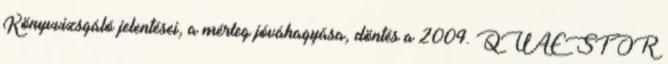
Könyvvizsgáló jelentései, a mérleg jóváhagyása, döntés a 2004. QUAESTOR